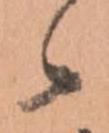
候